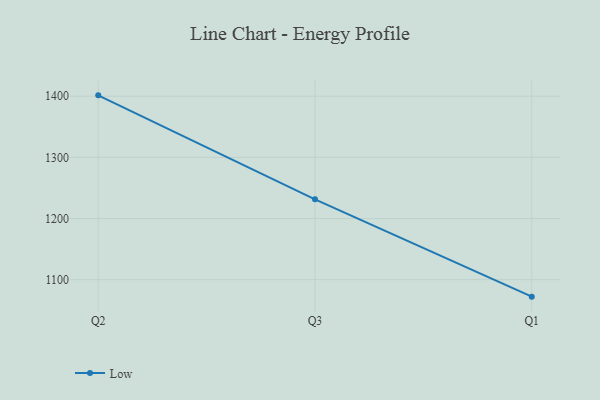
{"axis": {"x": "Quarter", "y": "Churn Rate (%)"}, "legend": ["Low"], "data": [{"x": "Q2", "y": 1401.5, "type": "Low"}, {"x": "Q3", "y": 1231.4, "type": "Low"}, {"x": "Q1", "y": 1072.2, "type": "Low"}]}